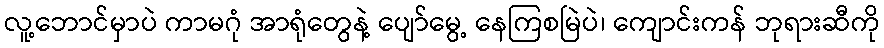
လူ့ဘောင်မှာပဲ ကာမဂုံ အာရုံတွေနဲ့ ပျော်မွေ့ နေကြစမြဲပဲ၊ ကျောင်းကန် ဘုရားဆီကို